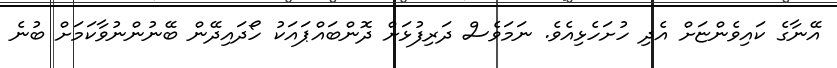
އޭނާގެ ކައިވެންޏަށް އެދި ހުށަހެޅިއެވެ. ނަމަވެސް ދަރިފުޅަށް ދޮންބައްޕައަކު ހޯދައިދޭން ބޭނުންނުވާކަމަށް ބުނެ